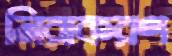
নিরাকরণ